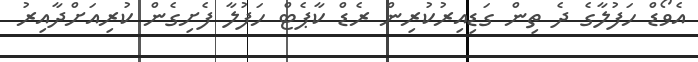
އެވޯޑް ހަފުލާގެ ދެ ތިން ގަޑިއިރުކުރިން ރެޑް ކާޕެޓް ހަފުލާ ފެށިގެން ކުރިއަށްދާއިރު